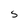
Character: S